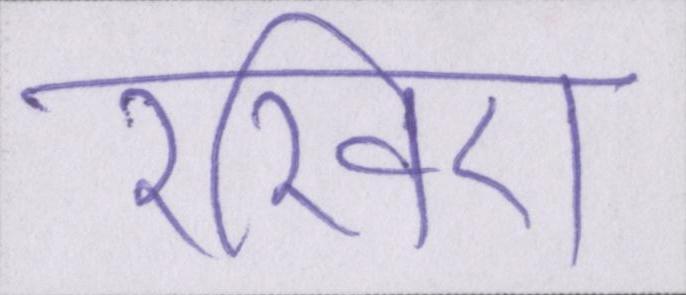
रखिए